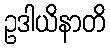
ဥဒါယိနာတိ